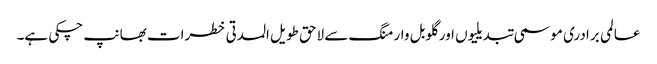
عالمی برادری موسمی تبدیلیوں اور گلوبل وارمنگ سے لاحق طویل المدتی خطرات بھانپ چکی ہے۔